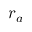
r _ { a }